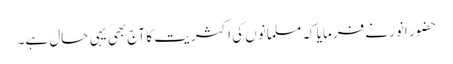
حضور انور نے فرمایا کہ مسلمانوں کی اکثریت کا آج بھی یہی حال ہے۔